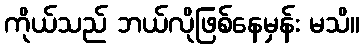
ကိုယ်သည် ဘယ်လိုဖြစ်နေမှန်း မသိ။